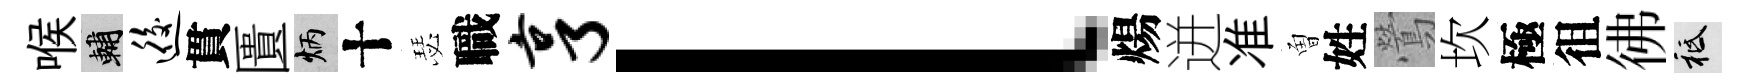
喉輔逅貫匱炳十瑟職亨l煬迸准曽姓鶯坎極徂彿祇